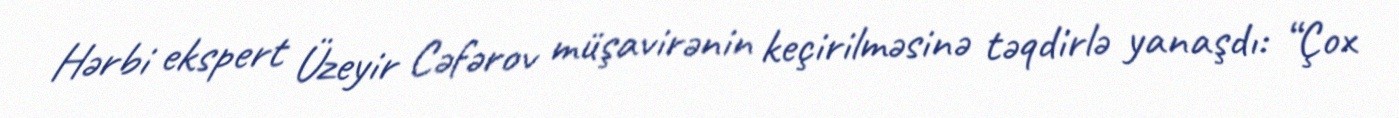
Hərbi ekspert Üzeyir Cəfərov müşavirənin keçirilməsinə təqdirlə yanaşdı: “Çox